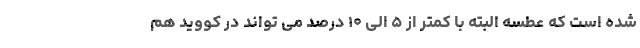
شده است که عطسه البته با کمتر از ۵ الی ۱۰ درصد می تواند در کووید هم